Vaccination United Provinces of Agra and Oudh 1914-1922 - 1914-1922
Year: 1914
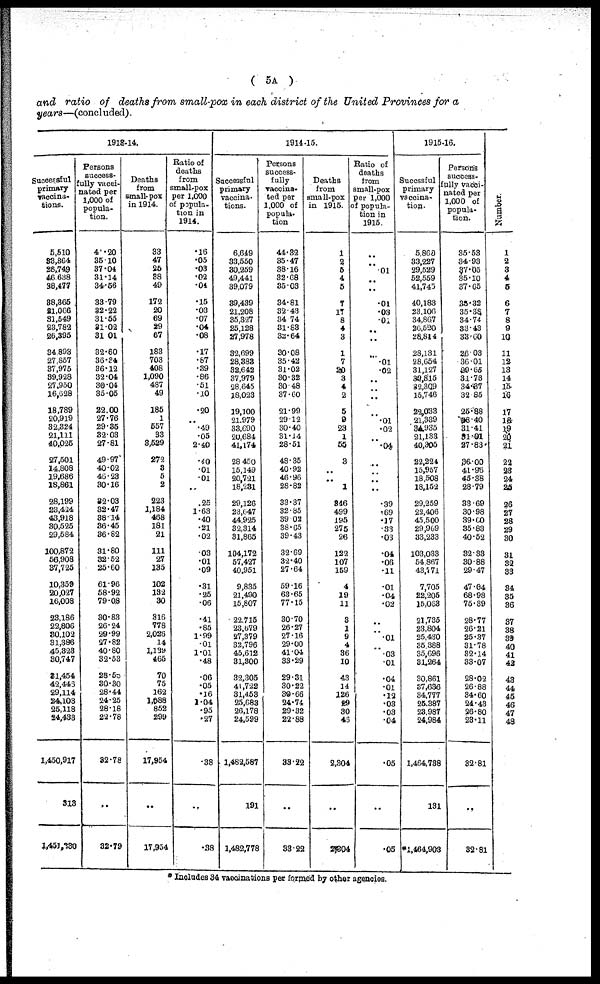
( 5A )
and ratio of deaths from small-pox in each district of the United Provinces for a
years—(concluded).
1913-14.
Successful
primary
vaccina-
tions.
5,510
33,364
28,749
46,638
38,477
38,365
21,066
81,549
23,782
26,395
34,893
27,857
37,975
39,928
27,950
16,628
18,789
20,919
32,324
21,111
40,025
27,501
14,808
19,686
18,861
28,199
23,424
43,918
30,525
29,584
100,872
56,908
37,725
10,359
20,027
16,008
23,186
22,806
30,102
31,386
45,323
30,747
31,454
42,446
29,114
24,103
25,118
24,433
1,450,917
313
1,451,230
Persons
success¬
fully vacci¬
nated per
1,000 of
popula-
tion.
41.20
35.10
37.04
31.14
34.56
33.79
32.22
31.55
31.02
31.01
32.60
36.34
36.12
32.04
30.04
35.05
22.00
27.76
29.35
32.03
27.81
49.97
40.02
46.23
30.16
32.03
32.47
38.14
36.45
36.82
31.80
32.52
25.60
61.96
58.92
79.08
30.83
26.24
29.99
27.82
40.80
32.53
28.58
30.30
28.44
24.25
28.18
22.78
32.78
..
32.79
Deaths
from
small-pox
in 1914.
33
47
25
38
49
172
20
69
29
67
183
703
408
1,090
487
49
185
1
557
33
3,529
272
3
5
2
223
1,184
468
181
21
111
27
135
102
132
30
316
778
2,026
14
1,139
465
70
75
162
1,088
852
299
17,954
..
17,954
Ratio of
deaths
from
small-pox
per 1,000
of popula-
tion in
1914.
.16
.05
.03
.02
.04
.15
.03
.07
.04
.08
.17
.87
.39
.86
.51
.10
.20
..
.49
.05
2.40
.40
.01
.01
..
.25
1.63
.40
.21
.02
.03
.01
.09
.31
.25
.06
.41
.85
1.99
.01
1.01
.48
.06
.05
.16
1.04
.95
.27
.38
..
.38
1914-15.
Successful
primary
vaccina-
tions.
6,649
33,550
30,259
49,441
39,079
39,439
21,208
35,327
25,128
27,978
32,699
28,383
32,642
37,979
28,645
18,023
19,100
21,979
33,690
20,684
41,174
28,450
15,149
20,721
18,231
29,126
23,647
44,925
32,314
31,865
104,172
57,427
40,951
9,835
21,490
15,807
22,715
23,679
27,379
32,796
45,612
31,300
32,305
41,722
31,453
25,683
26,178
24,599
1,482,587
191
1,482,778
Persons
success-
fully
vaccina¬
ted per
1,000 of
popula¬
tion
44.32
35.47
38.16
32.68
35.03
34.81
32.43
34.74
31.83
32.64
30.08
35.42
31.02
30.32
30.48
37.60
21.99
29.12
30.40
31.14
28.51
48.35
40.92
46.96
28.82
33.37
32.85
39.02
38.65
39.43
32.69
32.40
27.64
59.16
63.65
77.15
30.70
26.27
27.16
29.00
41.04
33.29
29.31
30.22
30.66
24.74
29.32
22.88
33.22
..
33.22
Deaths
from
small-pox
in 1915.
1
2
5
4
5
7
17
8
4
3
1
7
20
3
4
2
5
9
23
1
55
3
..
..
1
346
499
195
275
26
122
107
159
4
19
11
3
1
9
4
36
10
43
14
126
29
30
46
2,304
..
2304
Ratio of
deaths
from
small-pox
per 1,000
of popula-
tion in
1915.
..
..
.01
..
..
.01
.03
.01
..
..
..
.01
.02
..
..
..
..
.01
.02
..
.04
..
..
..
..
.39
.69
.17
.33
.03
.04
.06
.11
.01
.04
.02
..
.01
..
.03
.01
.04
.01
.12
.03
.03
.04
.05
..
.05
1915-16.
Succssful
primary
vaccina¬
tion.
5,860
33,227
29,529
52,559
41,745
40,183
23,106
34,867
26,520
28,814
28,131
28,654
31,127
39,815
32,309
15,746
22,033
21,339
34,935
21,133
40,305
22,224
15,957
18,508
18,152
29,259
22,406
45,500
29,969
33,233
103,033
54,867
43,771
7,705
22,205
15,063
21,735
23.804
25,430
35,388
35,696
31.264
30,861
37,636
34,777
25,387
23,987
24,984
1,464,738
131
*1,464,903
Persons
success-
fully vacci-
nated per
1,000 of
popula-
tion.
35.53
34.93
37.05
35.10
37.65
35.32
35.38
34.74
33.43
33.60
26.03
36.01
29.65
31.73
34.37
32.85
25.88
38.40
31.41
31.91
27.83
36.00
41.96
45.38
28.79
33.69
30.98
39.00
35.83
40.52
32.33
30.88
29.47
47.04
68.98
75.39
28.77
26.21
25.37
31.78
32.14
33.07
28.02
26.88
34.60
24.43
26.80
23.11
32.81
..
32.81
Number.
1
2
3
4
5
6
7
8
9
10
11
12
13
14
15
16
17
18
19
20
21
22
23
24
25
26
27
28
29
30
31
32
33
34
35
36
37
38
39
40
41
42
43
44
45
46
47
48
* Includes 34 vaccinations per formed by other agencies.